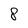
Character: 8